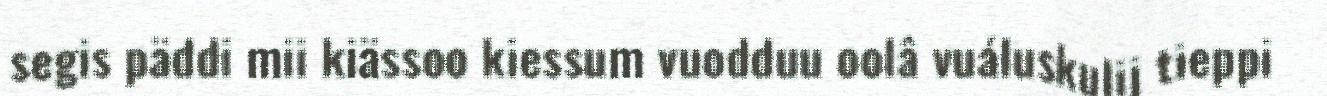
segis päddi mii kiässoo kiessum vuodduu oolâ vuáluskulij tieppi